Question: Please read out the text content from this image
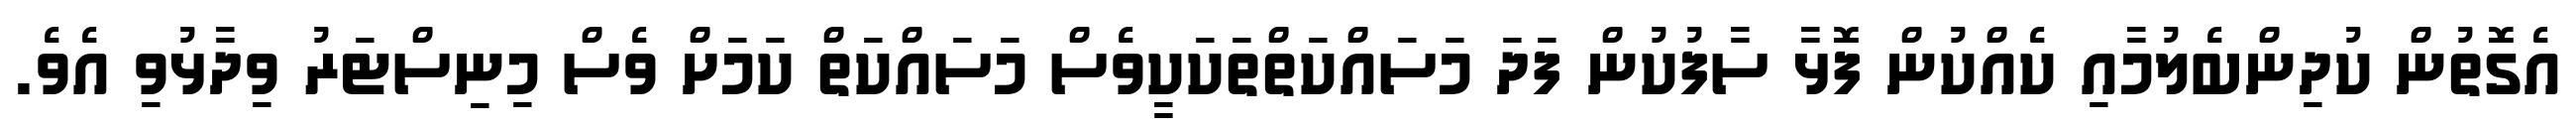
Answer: އެގޮތުން ކުދިންބެލުމާއި ކެއްކުން ފޮޅާ ސާފުކުން ފަދަ މަސައްކަތްތަކަކީވެސް މަސައްކަތް ކަމަށް ވެސް މިނިސްޓަރު ވިދާޅުވި އެވެ.